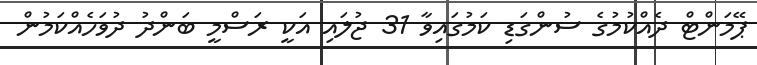
ޕޭމަންޓް ދެއްކުމުގެ ސުންގަޑި ކަމުގައިވާ 31 ޖުލައި އަކީ ރަސްމީ ބަންދު ދުވަހެއްކަމުން